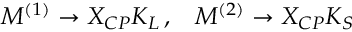
M ^ { ( 1 ) } \to X _ { C P } K _ { L } \, , \; \; \; M ^ { ( 2 ) } \to X _ { C P } K _ { S }